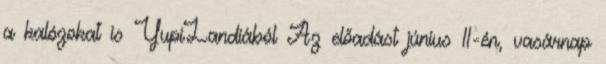
a kalózokat is YupiLandiából Az előadást június 11-én, vasárnap